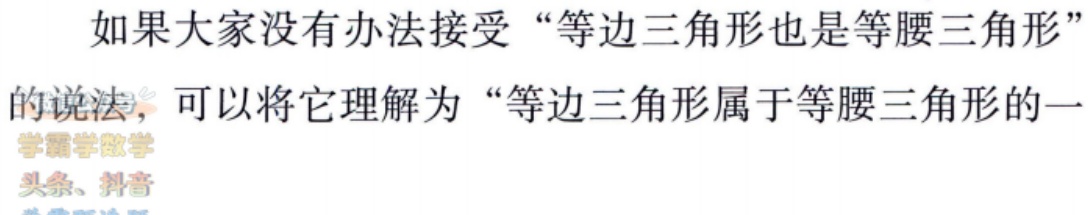
如果大家没有办法接受“等边三角形也是等腰三角形”

的说法，可以将它理解为“等边三角形属于等腰三角形的一

学露学数学

头条、抖音